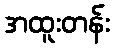
အထူးတန်း